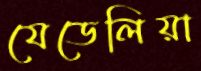
যেডেলিয়া